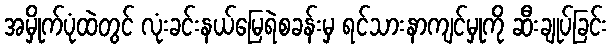
အမှိုက်ပုံထဲတွင် လုံးခင်းနယ်မြေရဲစခန်းမှ ရင်သားနာကျင်မှုကို ဆီးချုပ်ခြင်း